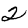
Digit: 2